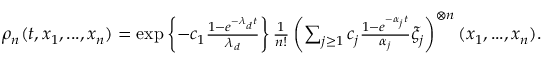
\begin{array} { r } { \rho _ { n } ( t , x _ { 1 } , . . . , x _ { n } ) = \exp \left\{ - c _ { 1 } \frac { 1 - e ^ { - \lambda _ { d } t } } { \lambda _ { d } } \right\} \frac { 1 } { n ! } \left( \sum _ { j \geq 1 } c _ { j } \frac { 1 - e ^ { - \alpha _ { j } t } } { \alpha _ { j } } \xi _ { j } \right) ^ { \otimes n } ( x _ { 1 } , . . . , x _ { n } ) . } \end{array}